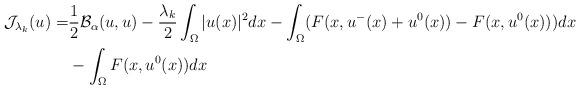
LaTeX: \begin{align*} \mathcal{J}_{\lambda_k}(u)=&\dfrac{1}{2}\mathcal{B}_{\alpha}(u,u)-\dfrac{\lambda_k}{2} \int_{\Omega} |u(x)|^2 dx- \int_{\Omega} (F(x,u^-(x)+u^0(x))-F(x,u^0(x))) dx\\ &-\int_{\Omega} F(x,u^0(x)) dx \end{align*}